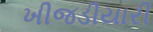
ખીજડીયારી